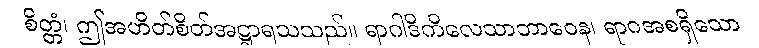
စိတ္တံ၊ ဤအဟိတ်စိတ်အဋ္ဌာရသသည်။ ရာဂါဒိကိလေသာဘာဝေန၊ ရာဂအစရှိသော